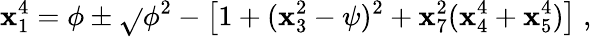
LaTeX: \mathbf{x}_{1}^{4}=\phi\pm\sqrt{}{{\phi^{2}-\left[1+(\mathbf{x}_{3}^{2}-\psi)^{2}+\mathbf{x}_{7}^{2}(\mathbf{x}_{4}^{4}+\mathbf{x}_{5}^{4})\right]}}\; ,